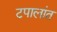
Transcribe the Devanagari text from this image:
टपालांत